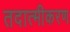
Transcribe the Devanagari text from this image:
तदात्मीकरण